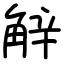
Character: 觪